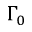
\Gamma _ { 0 }